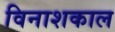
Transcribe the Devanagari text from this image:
विनाशकाल